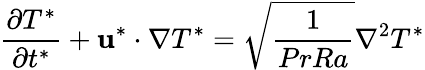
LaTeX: \frac{\partial T^{*}}{\partial t^{*}}+\mathbf{u}^{*}\cdot\nabla T^{*}=\sqrt{\frac{1}{PrRa}}\nabla^{2}T^{*}